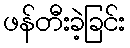
ဖန်တီးခဲ့ခြင်း